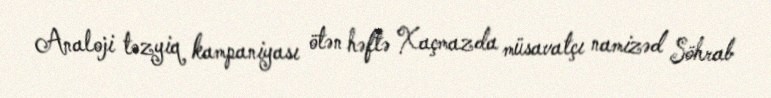
Analoji təzyiq kampaniyası ötən həftə Xaçmazda müsavatçı namizəd Söhrab